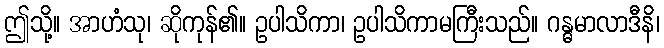
ဤသို့။ အာဟံသု၊ ဆိုကုန်၏။ ဥပါသိကာ၊ ဥပါသိကာမကြီးသည်။ ဂန္ဓမာလာဒီနိ၊